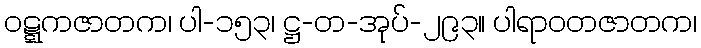
ဝဋ္ဋကဇာတက၊ ပါ-၁၅၃၊ ဋ္ဌ-တ-အုပ်-၂၉၃။ ပါရာဝတဇာတက၊